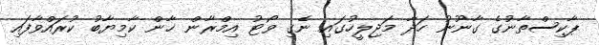
ޕާކިސްތާނުގެ ގާނޫނު ހަދާ މަޖިލީހުގައި ނެގި ވޯޓު އިމްރާން ޚާން ކާމިޔާބު ކުރައްވާފައި